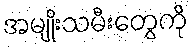
အမျိုးသမီးတွေကို